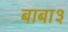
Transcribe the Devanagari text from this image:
बाबा३